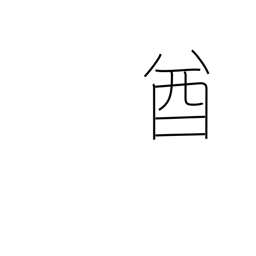
Meaning: chieftain